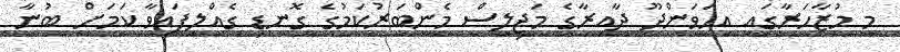
މި މުޒާހަރާގައި އިހަވަންދޫ ދާއިރާގެ މަޖިލިސް މެންބަރުކަމުގެ ގޮނޑި ގެއްލިފައިވާ ކަމަށް ބުނާ